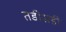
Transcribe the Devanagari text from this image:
तडीसही